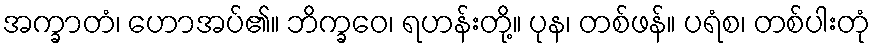
အက္ခာတံ၊ ဟောအပ်၏။ ဘိက္ခဝေ၊ ရဟန်းတို့။ ပုန၊ တစ်ဖန်။ ပရံစ၊ တစ်ပါးတုံ